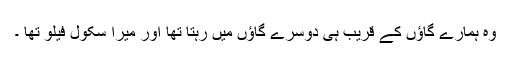
وہ ہمارے گاﺅں کے قریب ہی دوسرے گاﺅں میں رہتا تھا اور میرا سکول فیلو تھا ۔